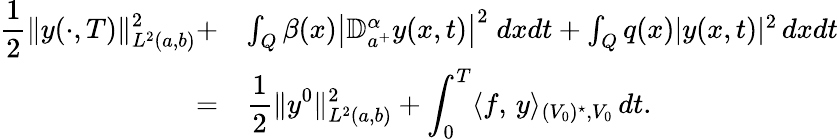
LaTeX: \begin{array}{rl}{\displaystyle\frac 12\| y(\cdot,T)\| _{L^{2}(a,b)}^{2}+}&{\int_{Q}\beta(x)\left|\mathbb{D}_{a^{+}}^{\alpha}y(x,t)\right|^{2}\; dxdt+\int_{Q}q(x)|y(x,t)|^{2}\, dxdt}\\ {=}&{\displaystyle\frac 12\| y^{0}\| _{L^{2}(a,b)}^{2}+\int_{0}^{T}\langle f,\, y\rangle_{(V_{0})^{\star},V_{0}}\, dt.}\end{array}